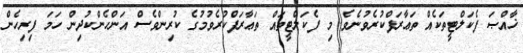
ޚާއްޞަ ފެކަލްޓީތަކެއް ތަޢާރަފްކުރެވުނެވެ. މި ފެކަލްޓީތައް ތަޢާރަފްކުރެވުމުގެ ކުރިންވެސް އަންހެންކުދިން ހަމަ ފިރިހެން